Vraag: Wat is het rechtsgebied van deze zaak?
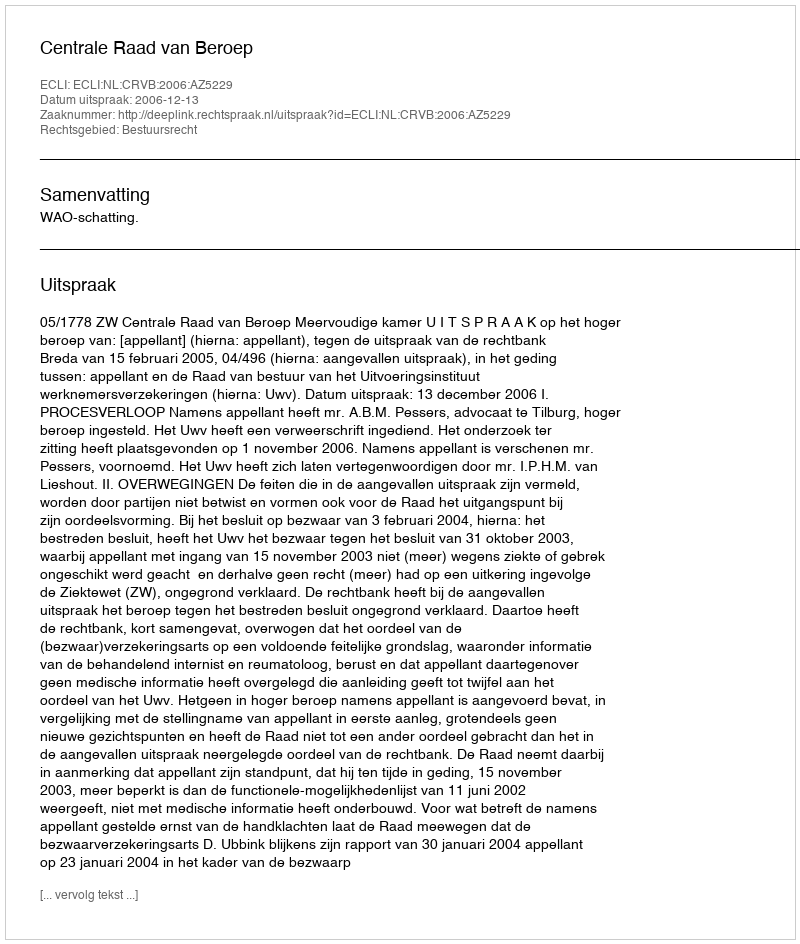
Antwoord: Bestuursrecht